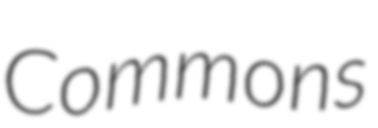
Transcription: Commons